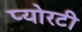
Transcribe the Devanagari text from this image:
प्योरटी